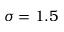
\sigma = 1 . 5